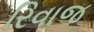
રિવાજ